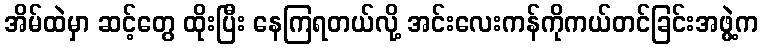
အိမ်ထဲမှာ ဆင့်တွေ ထိုးပြီး နေကြရတယ်လို့ အင်းလေးကန်ကိုကယ်တင်ခြင်းအဖွဲ့က